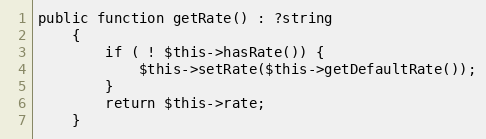
Language: PHP
public function getRate() : ?string
    {
        if ( ! $this->hasRate()) {
            $this->setRate($this->getDefaultRate());
        }
        return $this->rate;
    }